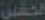
الكفين